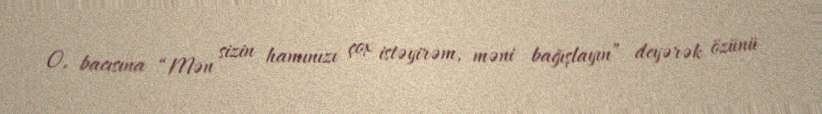
O, bacısına “Mən sizin hamınızı çox istəyirəm, məni bağışlayın” deyərək özünü